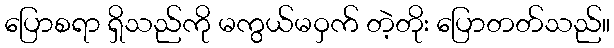
ပြောစရာ ရှိသည်ကို မကွယ်မဝှက် တဲ့တိုး ပြောတတ်သည်။